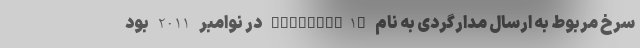
سرخ مربوط به ارسال مدارگردی به نام "Yinghuo-1" در نوامبر 2011 بود